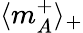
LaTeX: \langle m_{A}^{+}\rangle_{+}